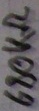
Text: 680kΩ